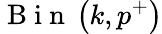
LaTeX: \mathrm{~B~i~n~}\left(k,p^{+}\right)